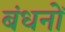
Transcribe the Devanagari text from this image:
बंधनोँ